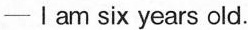
—I am six years old.